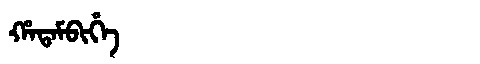
Manchu: ᡥᠠᡨᠠᠮᠪᡳᡥᡝ
Romanization: HATAMBIHE